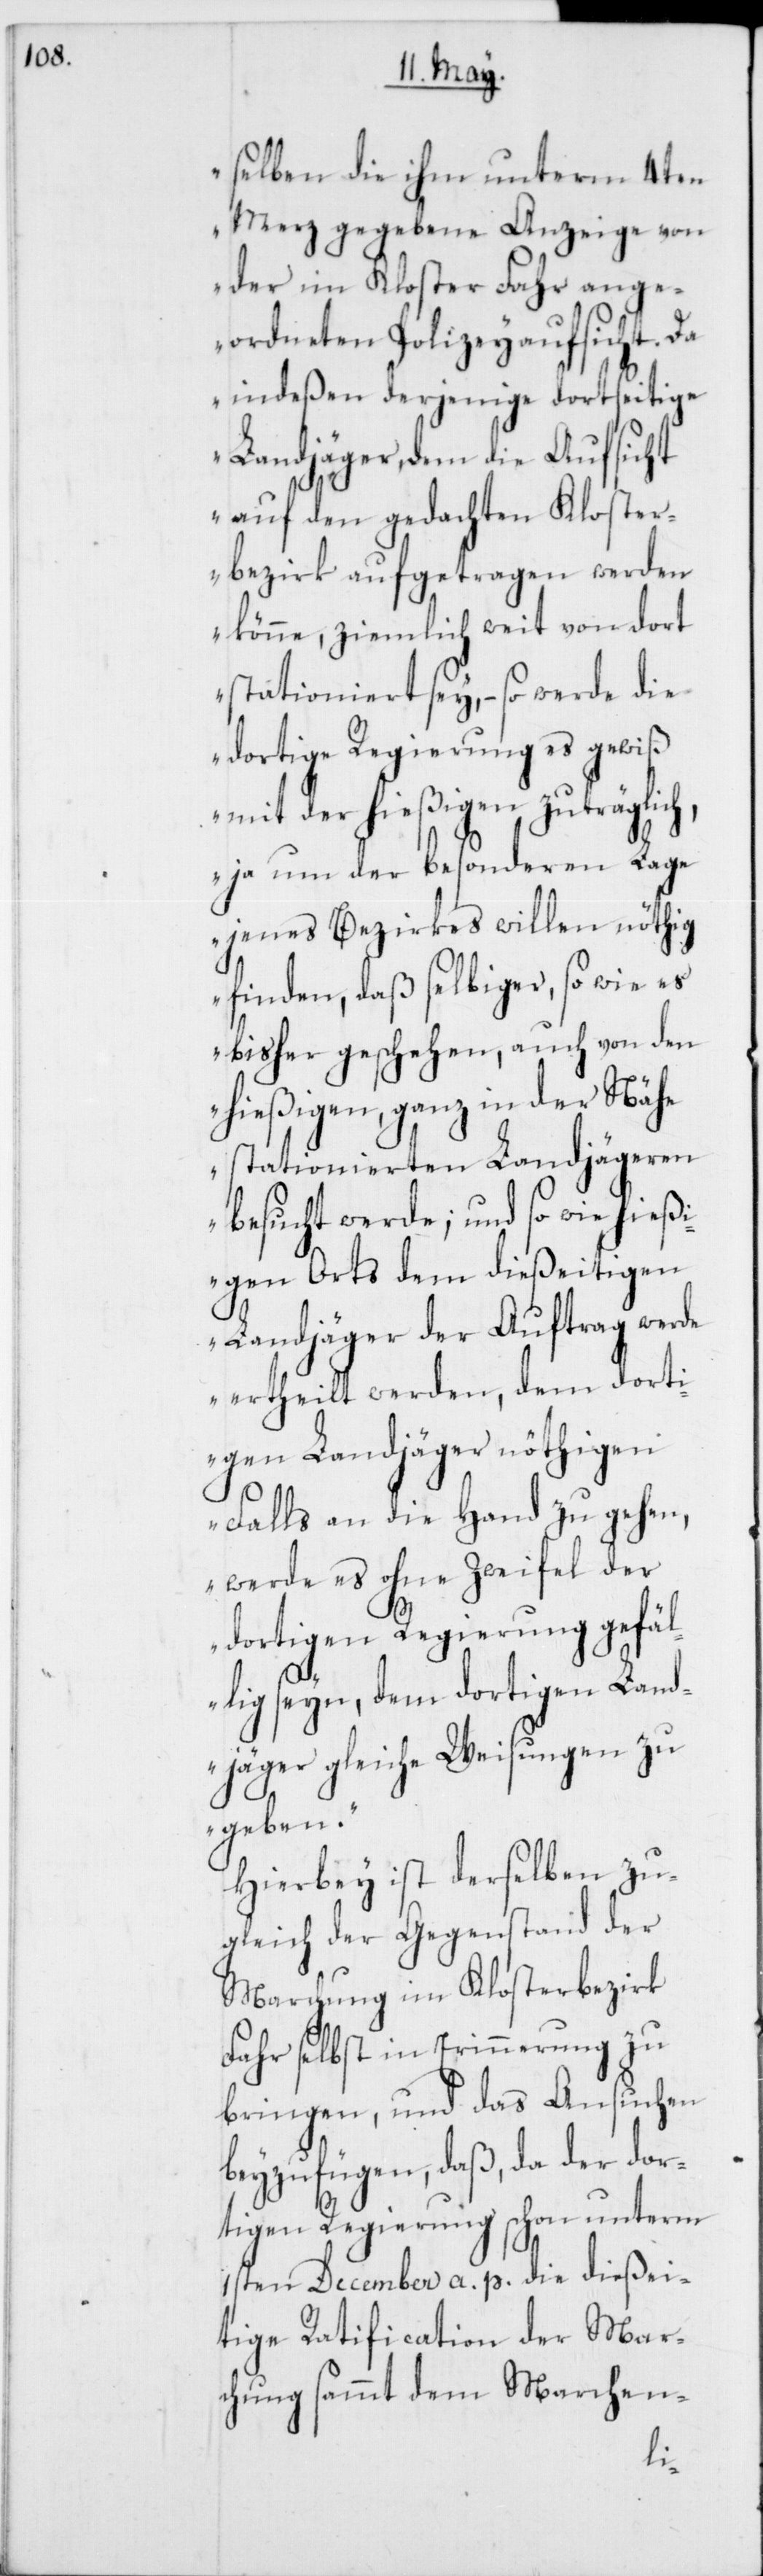
selben die ihm unterm 4ten
Merz gegebene Anzeige von
der im Kloster Fahr ange¬
ordneten Polizeyaufsicht.
indeßen derjenige dortseitige
Landjäger, dem die Aufsicht
auf den gedachten Kloster¬
bezirk aufgetragen werden
könne, ziemlich weit von dort
stationiert sey, – so werde die
dortige Regierung es gewiß
mit der hießigen zuträgli¬
ja um der besonderen Lage
jenes Bezirkes willen nöthig
finden, daß selbiger, so wie es
bisher geschehen, auch von den
hießigen ganz in der Nähe
stationierten Landjägeren
besucht werde; und so wie hießi¬
gen Orts dem dießeitigen
Landjäger der Auftrag werde
ertheilt werden, dem dort¬
igen Landjäger nöthigen
Falls an die Hand zu gehen,
werde es ohne Zweifel der
dortigen Regierung gefäl¬
lig seyn, dem dortigen Land¬
jäger gleiche Weisungen zu
geben.“
Hierbey ist derselben zu¬
gleich der Gegenstand der
Marchung im Klosterbezirk
en-
Fahr selbst in Erinner¬
bringen, und das Ansuchen
beyzufügen, daß, da der dor¬
nterm
tigen Regierung schon
1sten December a. p. die dießei¬
tige Ratification der Mar¬
March¬
chung sammt dem